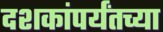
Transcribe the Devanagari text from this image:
दशकांपर्यंतच्या